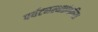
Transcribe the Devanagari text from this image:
पर्यटनस्थळांकरिता